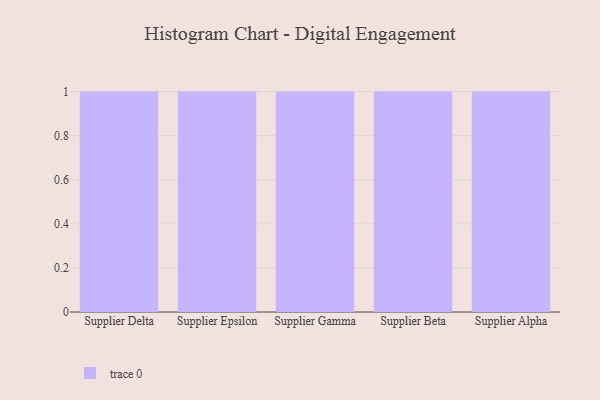
{"axis": {"x": "Supplier", "y": "Budget (USD K)"}, "legend": [""], "data": [{"x": "Supplier Delta", "y": 7, "type": ""}, {"x": "Supplier Epsilon", "y": 97, "type": ""}, {"x": "Supplier Gamma", "y": 63, "type": ""}, {"x": "Supplier Beta", "y": 47, "type": ""}, {"x": "Supplier Alpha", "y": 91, "type": ""}]}